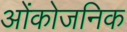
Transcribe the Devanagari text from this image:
ओंकोजनिक